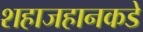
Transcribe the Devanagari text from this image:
शहाजहानकडे